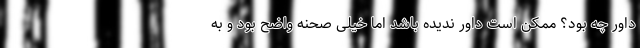
داور چه بود؟ ممکن است داور ندیده باشد اما خیلی صحنه واضح بود و به